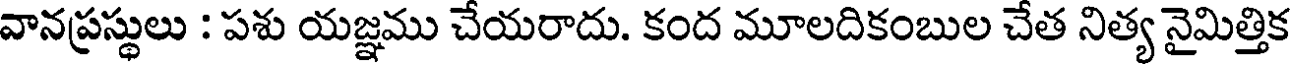
వానప్రస్థులు : పశు యజ్ఞము చేయరాదు. కంద మూలదికంబుల చేత నిత్య నైమిత్తిక